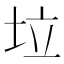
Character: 垃